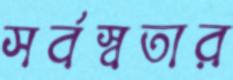
সর্বস্বতার